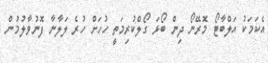
އެކަމަކު އަލްބާޓޯ މޮރޭނޯ ދިން ބޯޅަ ގޯލްކުރިމަތީ ހުހަށް ހުރެ ލަލާނާ ފޮނުވާލުމުން